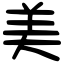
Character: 美